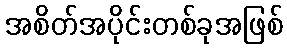
အစိတ်အပိုင်းတစ်ခုအဖြစ်